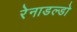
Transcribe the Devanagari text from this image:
रेनाडल्डो